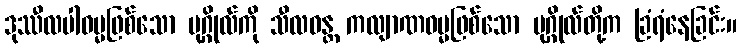
ဒုဿီလပါဓမ္မဖြစ်သော ပုဂ္ဂိုလ်ကို သီလဝန္တ ကလျာဏဓမ္မဖြစ်သော ပုဂ္ဂိုလ်တို့က ခြံရံနေခြင်း။